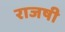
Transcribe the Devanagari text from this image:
राजषी